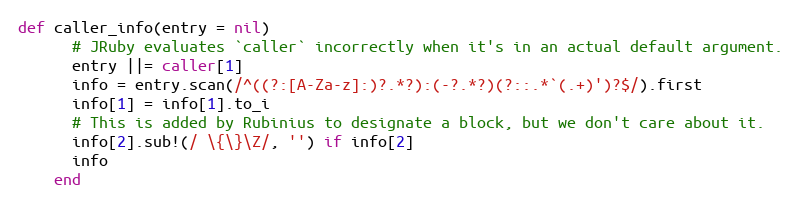
Language: Ruby
def caller_info(entry = nil)
      # JRuby evaluates `caller` incorrectly when it's in an actual default argument.
      entry ||= caller[1]
      info = entry.scan(/^((?:[A-Za-z]:)?.*?):(-?.*?)(?::.*`(.+)')?$/).first
      info[1] = info[1].to_i
      # This is added by Rubinius to designate a block, but we don't care about it.
      info[2].sub!(/ \{\}\Z/, '') if info[2]
      info
    end